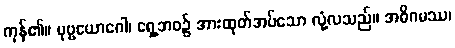
ကုန်၏။ ပုဗ္ဗယောဂေါ၊ ရှေ့ဘဝ၌ အားထုတ်အပ်သော လုံ့လသည်။ အဓိဂမဿ၊